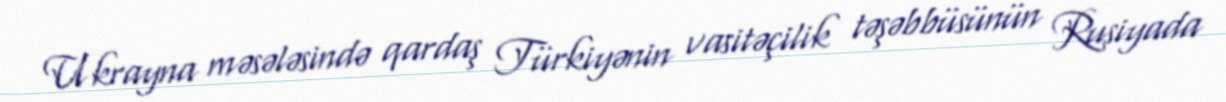
Ukrayna məsələsində qardaş Türkiyənin vasitəçilik təşəbbüsünün Rusiyada